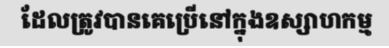
ដែលត្រូវបានគេប្រើនៅក្នុងឧស្សាហកម្ម